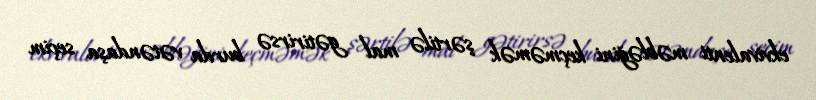
ekvivalenti məbləğini keçməmək şərtilə mal gətirirsə burda vətəndaşa seçim